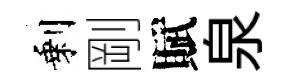
剩剛賦泉